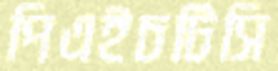
পিএইচটিসি